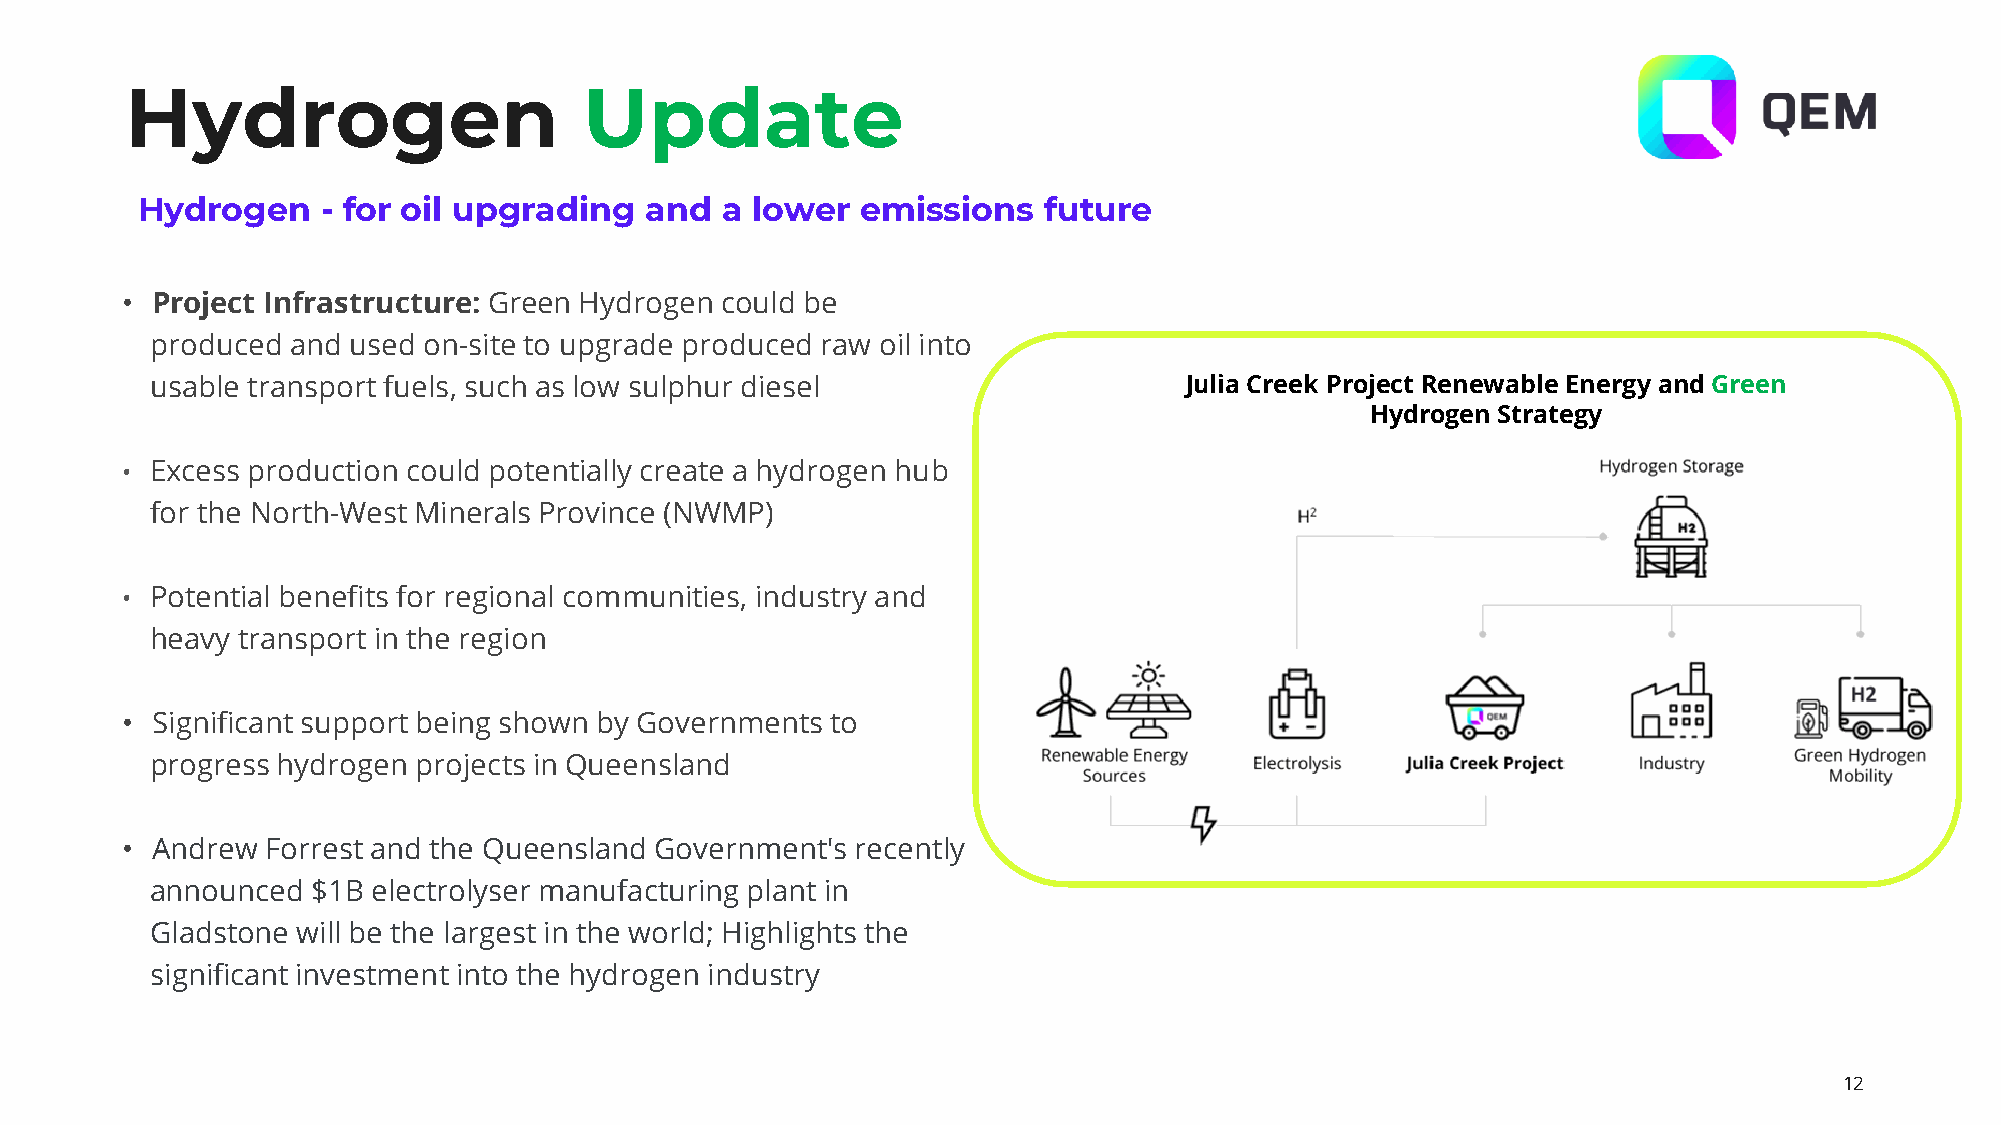
Hydrogen                       Update
 Hydrogen    - for oil upgrading   and  a lower  emissions   future
 • Project Infrastructure: Green Hydrogen could be
 produced and used on-site to upgrade produced raw oil into
 usable transport fuels, such as low sulphur diesel                  Julia Creek Project Renewable Energy and Green
 Hydrogen Strategy
 • Excess production could potentially create a hydrogen hub
 for the North-West Minerals Province (NWMP)
 • Potential benefits for regional communities, industry and
 heavy transport in the region
 • Significant support being shown by Governments to
 progress hydrogen projects in Queensland
 • Andrew  Forrest and the Queensland Government's recently
 announced  $1B electrolyser manufacturing plant in
 Gladstone will be the largest in the world; Highlights the
 significant investment into the hydrogen industry
 12